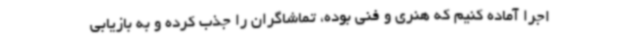
اجرا آماده کنیم که هنری و فنی بوده، تماشاگران را جذب کرده و به بازیابی